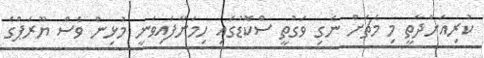
ކުރިއަށްދާތީ މި މެޗަށް ނެގި ވަގުތީ ސްކޮޑުގައި ހިމަނާފައިވަނީ މުޅިން ވެސް ޔޫރަޕްގެ